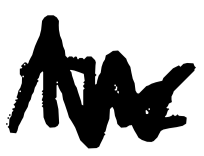
Text: The
Cross-out: mix
Writing tool: digital_black